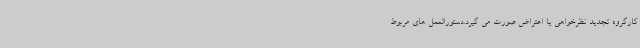
کارگروه تجدید نظرخواهی یا اعتراض صورت می گیرد.دستورالعمل های مربوط